Some observations on the poison of Russell's viper (Daboia russellii) - Number 3
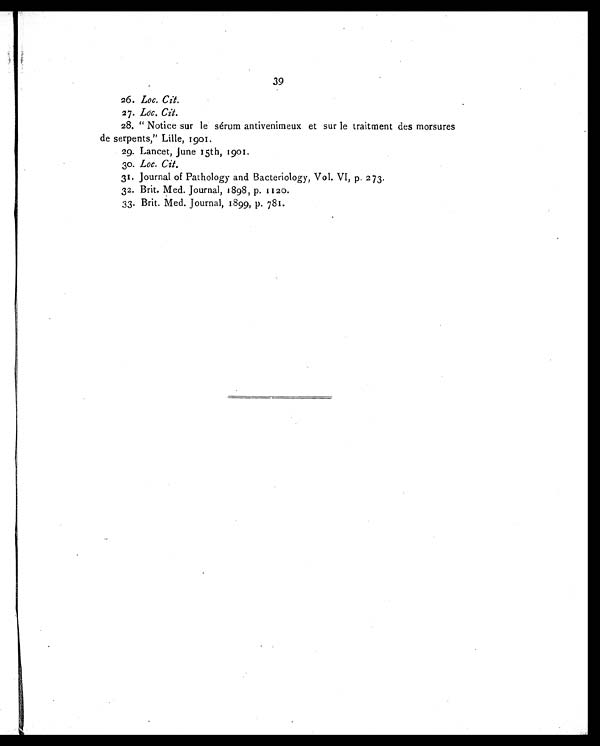
39
26. Loc. Cit.
27. Loc. Cit.
28. "Notice sur le sérum antivenimeux et sur le traitment des morsures
de serpents," Lille, 1901.
29. Lancet, June 15th, 1901.
30. Loc. Cit.
31. Journal of Pathology and Bacteriology, Vol. VI, p. 273.
32. Brit. Med. Journal, 1898, p. 1120.
33. Brit. Med. Journal, 1899, p. 781.